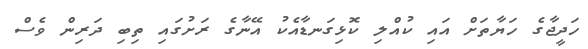
ހަދީޖާގެ ހަޔާތަށް އައި ކުއްލި ކޮޅިގަނޑާއެކު އޭނާގެ ރަށުގައި ތިބި ދަރިން ވެސް